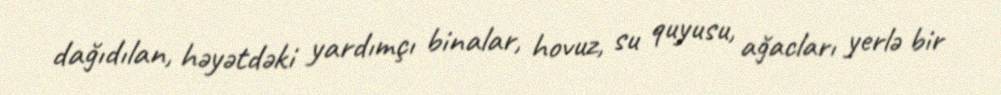
dağıdılan, həyətdəki yardımçı binalar, hovuz, su quyusu, ağacları yerlə bir